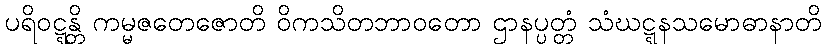
ပရိဝဋ္ဋန္တိ ကမ္မဇတေဇောတိ ဝိကသိတဘာဝတော ဌာနပ္ပတ္တံ သံဃဋ္ဋနသမောဓာနာတိ